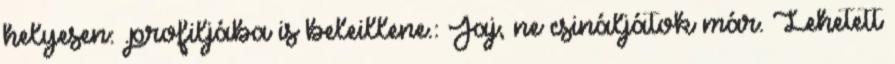
helyesen: .profiljába is beleillene.: Jaj, ne csináljátok már. Lehetett